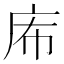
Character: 𢇴